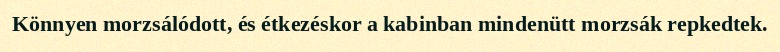
Könnyen morzsálódott, és étkezéskor a kabinban mindenütt morzsák repkedtek.